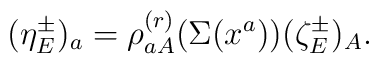
(\eta^\pm_E)_a=\rho^{(r)}_{aA}(\Sigma(x^a))(\zeta^\pm_E)_A.